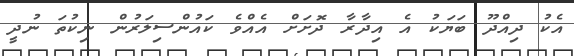
އެކު ދިއްދޫ ބަޔަކު އެ އިދާރާ ދޮށަށް އެއްވެ ކައުންސިލަރުން ނިކުތަ ނުދީ